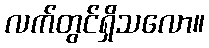
လက်တွင်ရှိသလော။